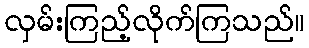
လှမ်းကြည့်လိုက်ကြသည်။